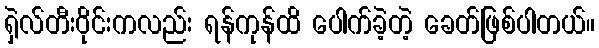
ရှဲလ်တီးဝိုင်းကလည်း ရန်ကုန်ထိ ပေါက်ခဲ့တဲ့ ခေတ်ဖြစ်ပါတယ်။